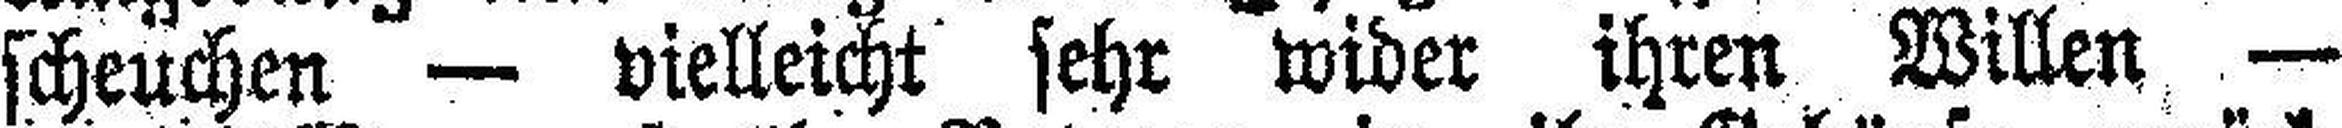
scheuchen — vielleicht sehr wider ihren Willen —